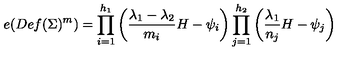
e ( D e f ( \Sigma ) ^ { m } ) = \prod _ { i = 1 } ^ { h _ { 1 } } \left( { \frac { \lambda _ { 1 } - \lambda _ { 2 } } { m _ { i } } } H - \psi _ { i } \right) \prod _ { j = 1 } ^ { h _ { 2 } } \left( { \frac { \lambda _ { 1 } } { n _ { j } } } H - \psi _ { j } \right)